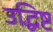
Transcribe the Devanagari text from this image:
उद्धिष्ट